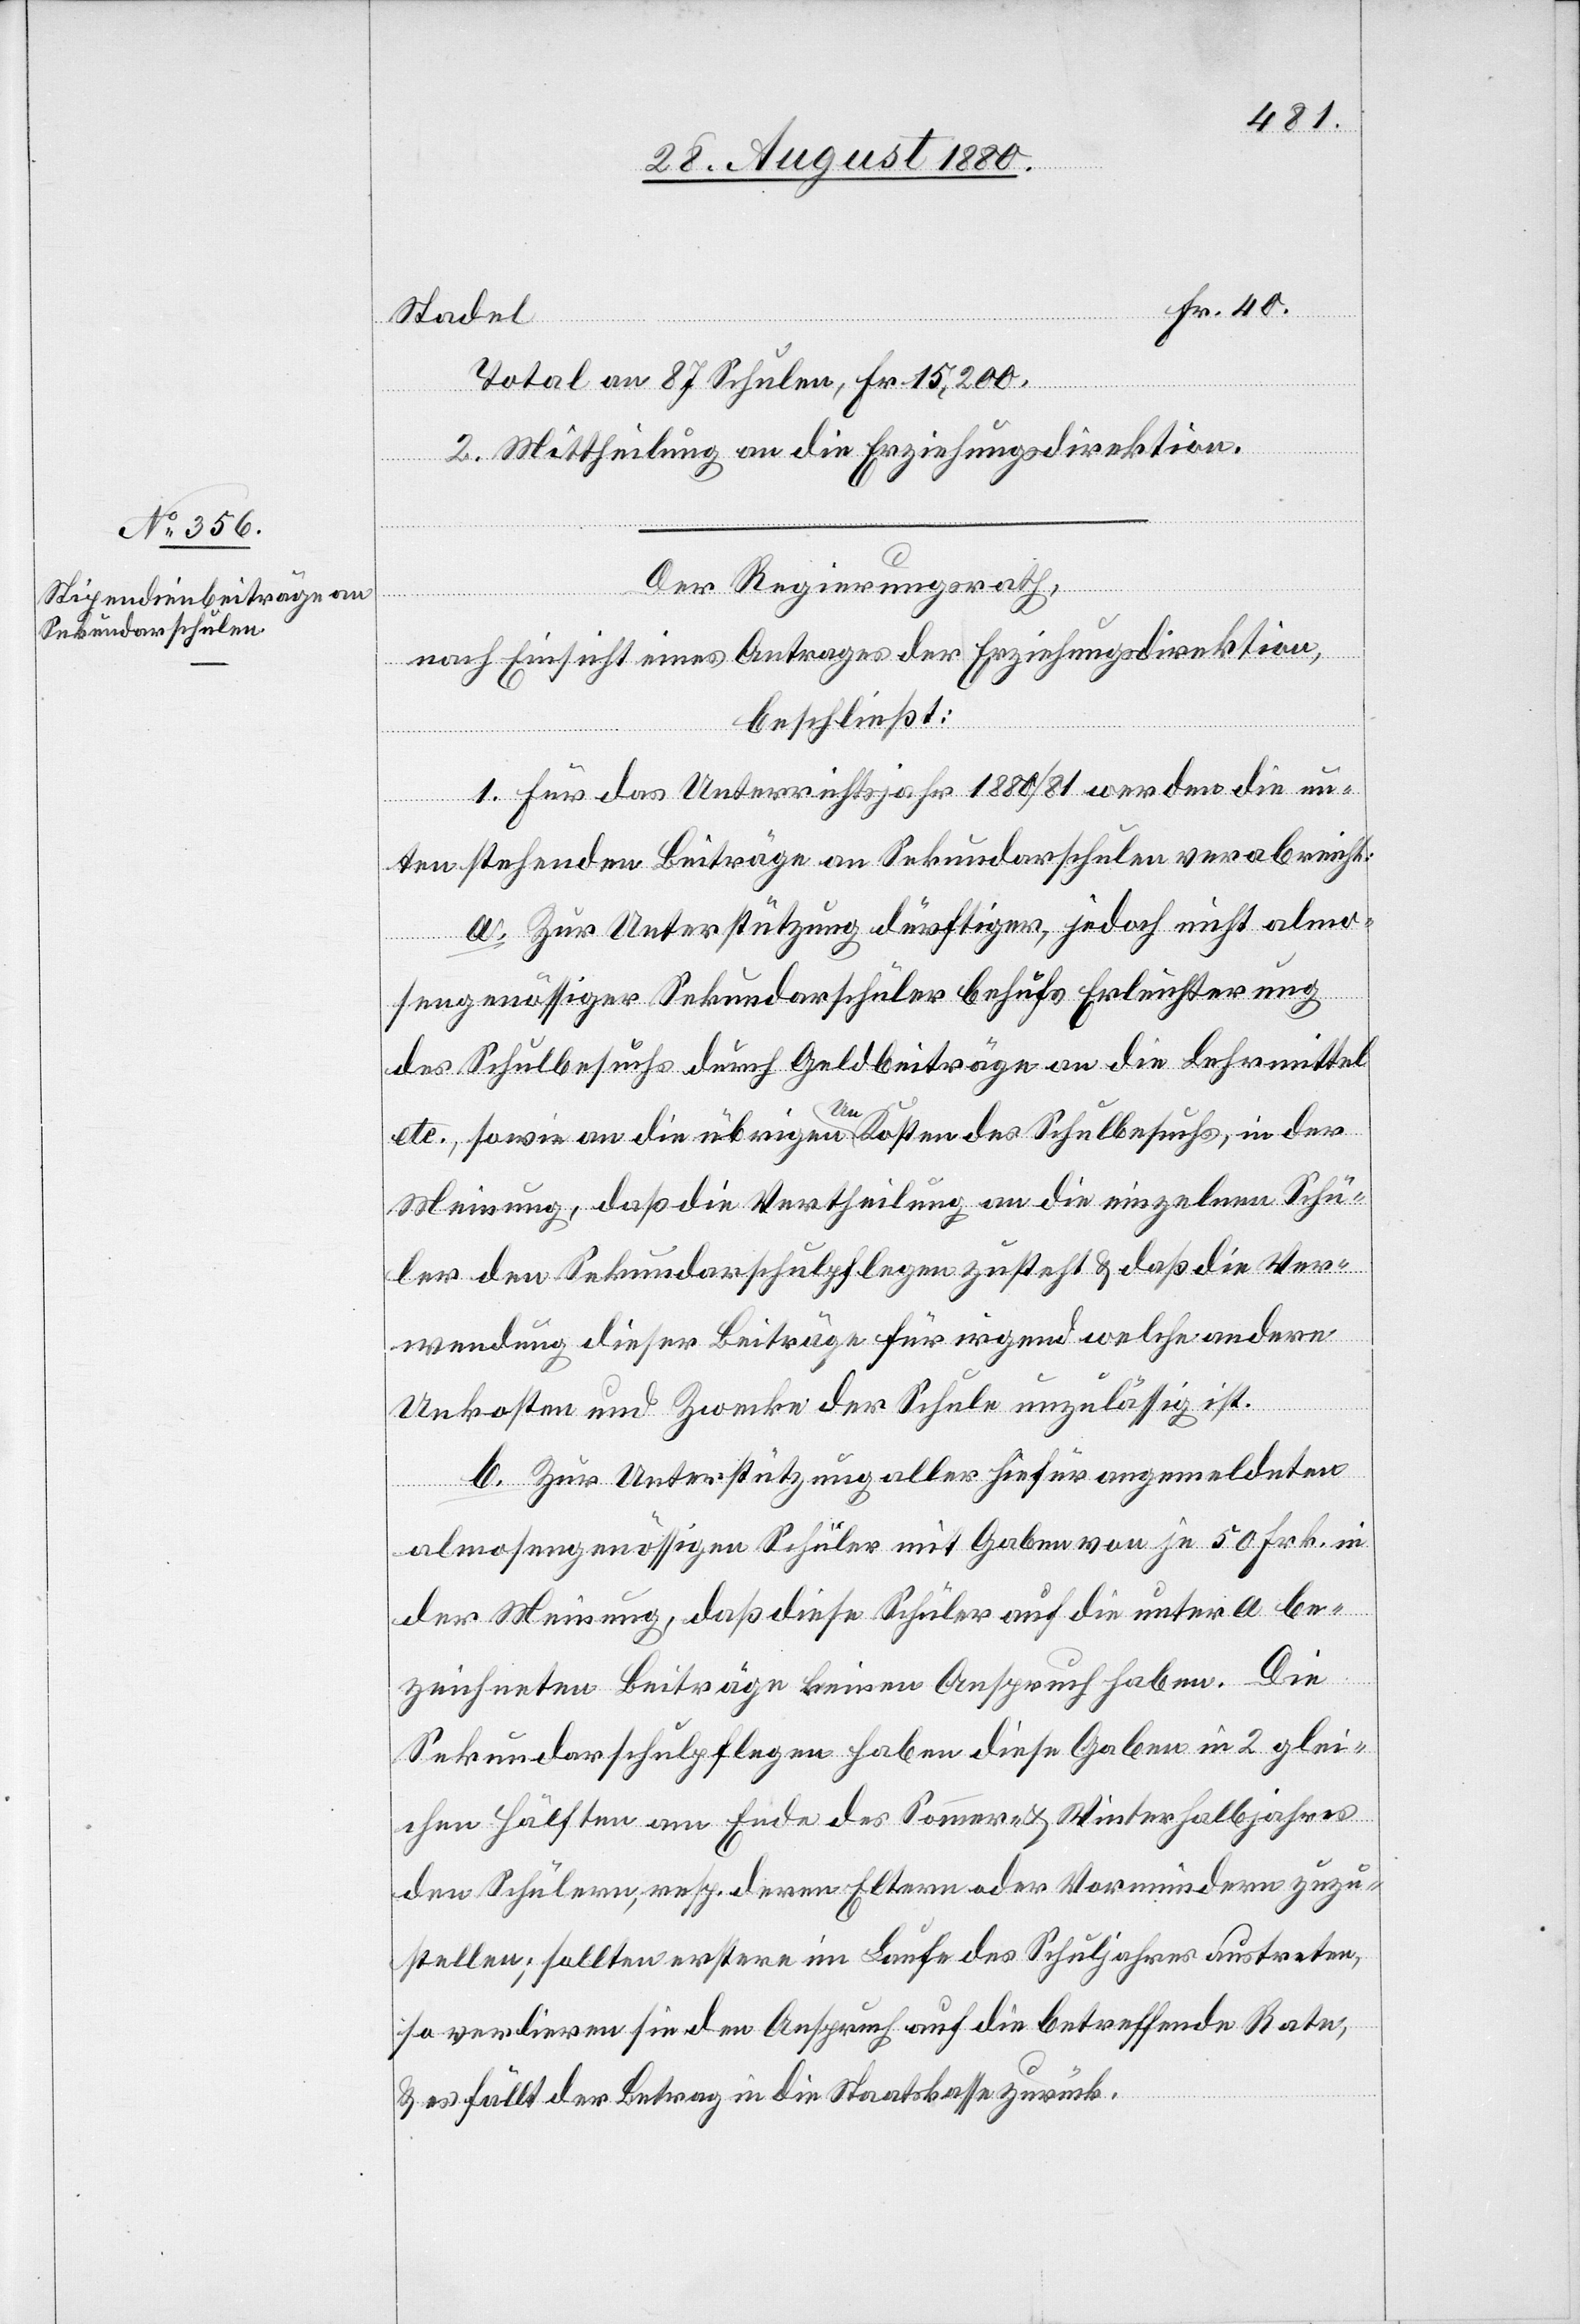
Stadel
40.
Total an 87 Schulen, Fr. 15,200.
2. Mittheilung an die Erziehungsdirektion.
Der Regierungsrath,
nach Einsicht eines Antrages der Erziehungsdirektion,
beschließt:
1. Für das Unterrichtsjahr 1880/81 werden die un¬
tenstehenden Beiträge an Sekundarschulen verabreicht:
a. Zur Unterstützung dürftiger, jedoch nicht almo¬
sengenössiger Sekundarschüler behufs Erleichterung
des Schulbesuchs durch Geldbeiträge an die Lehrmittel
etc., sowie an die übrigen Kosten des Schulbesuchs, in der
Meinung, daß die Vertheilung an die einzelnen Schü¬
ler den Sekundarschulpflegen zusteht & daß die Ver¬
wendung dieser Beiträge für irgend welche andere
Unkosten und Zwecke der Schule unzulässig ist.
b. Zur Unterstützung aller hiefür angemeldeten
almosengenössigen Schüler mit Gaben von je 50 Frk. in
der Meinung, daß diese Schüler auf die unter a be¬
zeichneten Beiträge keinen Anspruch haben. Die
Sekundarschulpflegen haben diese Gaben in 2 glei¬
che Hälften am Ende des Sommer- & Winterhalbjahres
den Schülern, resp. deren Eltern oder Vormündern zuzu¬
stellen; sollten erstere im Laufe des Schuljahres austreten,
so verlieren sie den Anspruch auf die betreffende Rate,
& es fällt der Beitrag in die Staatskasse zurück.